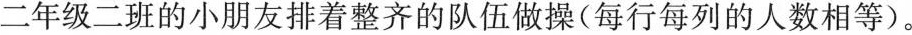
二年级二班的小朋友排着整齐的队伍做操(每行每列的人数相等)。